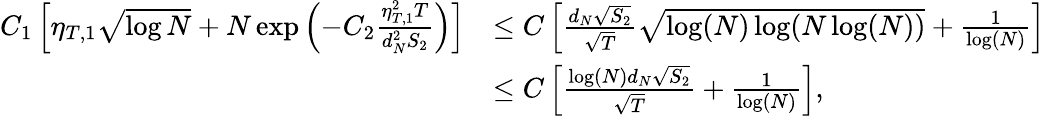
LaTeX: \begin{array}{rl}{C_{1}\left[\eta_{T,1}\sqrt{\log{N}}+N\exp\left(-C_{2}\frac{\eta_{T,1}^{2}T}{d_{N}^{2}S_{2}}\right)\right]}&{\leq C\left[\frac{d_{N}\sqrt{S_{2}}}{\sqrt{T}}\sqrt{\log(N)\log(N\log(N))}+\frac{1}{\log(N)}\right]}\\ &{\leq C\left[\frac{\log(N)d_{N}\sqrt{S_{2}}}{\sqrt{T}}+\frac{1}{\log(N)}\right],}\end{array}